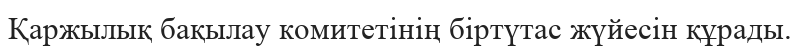
Қаржылық бақылау комитетінің біртүтас жүйесін құрады.